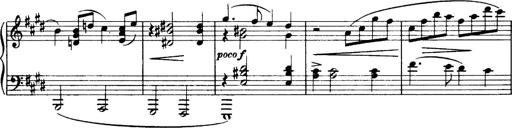
Title: 3 Sonatinas, Op.67
Composer: Jean Sibelius